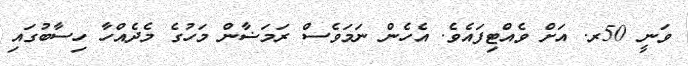
ވަނީ 50ރ. އަށް ވެއްޓިފައެވެ. އެހެން ނަމަވެސް ރަމަޟާން މަހުގެ މެދެއްހާ ހިސާބުގައި